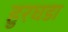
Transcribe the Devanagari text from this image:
हुरघडा